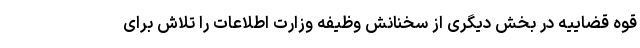
قوه قضاییه در بخش دیگری از سخنانش وظیفه وزارت اطلاعات را تلاش برای